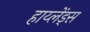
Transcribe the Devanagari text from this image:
हाय्लेंड्स